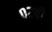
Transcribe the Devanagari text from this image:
०२बी